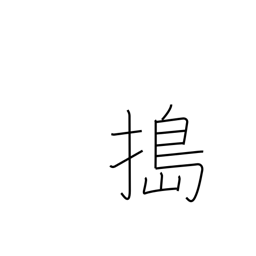
Meaning: pound